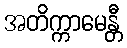
အတိက္ကာမေန္တီ